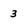
Character: 3